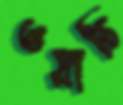
ওয়াচি